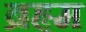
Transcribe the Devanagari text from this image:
ब्रहृम